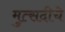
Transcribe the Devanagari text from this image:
मुत्सदीचे